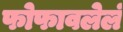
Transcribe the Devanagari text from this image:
फोफावलेलं